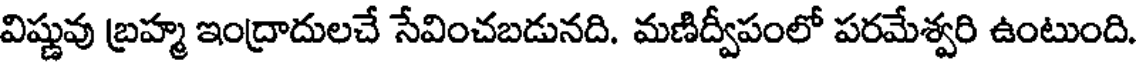
విష్ణువు బ్రహ్మ ఇంద్రాదులచే సేవించబడునది. మణిద్వీపంలో పరమేశ్వరి ఉంటుంది.